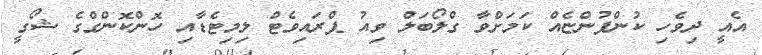
އެއީ ދިވެހި ކުންފުންޏެއް ކަމަށްވާ ގްލޯބަލް ވިއު ޕްރައިވެޓް ލިމިޓެޑާއި ހޮންކޮންގްގެ ޝޯގީ